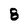
Character: 8